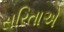
સરિતાએ